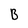
Character: B